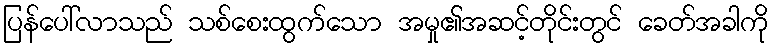
ပြန်ပေါ်လာသည် သစ်စေးထွက်သော အမှု၏အဆင့်တိုင်းတွင် ခေတ်အခါကို